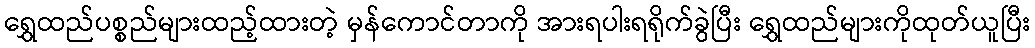
ရွှေထည်ပစ္စည်များထည့်ထားတဲ့ မှန်ကောင်တာကို အားရပါးရရိုက်ခွဲပြီး ရွှေထည်များကိုထုတ်ယူပြီး